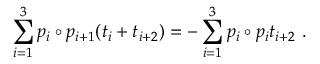
\sum _ { i = 1 } ^ { 3 } p _ { i } \circ p _ { i + 1 } ( t _ { i } + t _ { i + 2 } ) = - \sum _ { i = 1 } ^ { 3 } p _ { i } \circ p _ { i } t _ { i + 2 } ~ .